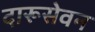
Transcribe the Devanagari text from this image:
दारूसेवन